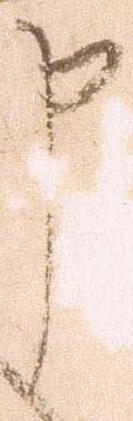
申